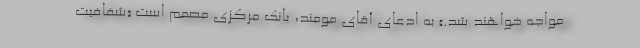
مواجه خواهند شد.» به ادعای آقای مومند، بانک مرکزی مصمم است «شفافیت